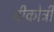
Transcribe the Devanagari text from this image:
चीकोत्री